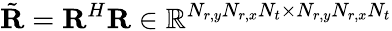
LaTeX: \tilde{\mathbf{R}}=\mathbf{R}^{H}\mathbf{R}\in\mathbb{R}^{N_{r,y}N_{r,x}N_{t}\times N_{r,y}N_{r,x}N_{t}}